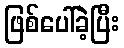
ဖြစ်ပေါ်ခဲ့ပြီး